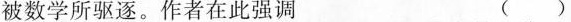
被数学所驱逐。作者在此强调（）